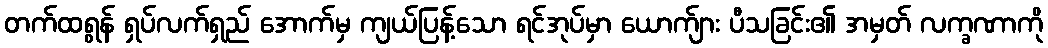
တက်ထရွန် ရှပ်လက်ရှည် အောက်မှ ကျယ်ပြန့်သော ရင်အုပ်မှာ ယောက်ျား ပီသခြင်း၏ အမှတ် လက္ခဏာကို